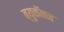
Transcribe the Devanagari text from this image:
ब्युकॅनन